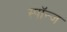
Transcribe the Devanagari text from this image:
स्पॉन्ज